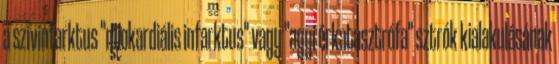
a szívinfarktus "miokardiális infarktus" vagy "agyi érkatasztrófa" sztrók kialakulásának